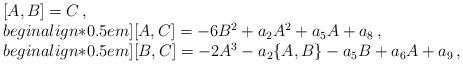
LaTeX: \begin{align*}\begin{array}{l}[A,B]=C\,,\\begin{align*}0.5em][A,C]= -6B^2 + a_2 A^2+ a_5 A+a_8\,,\\begin{align*}0.5em][B,C]= -2A^3-a_2\{A,B\} -a_5 B+a_6A+a_9\,,\end{array}\end{align*}